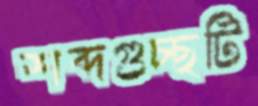
শব্দগুচ্ছটি